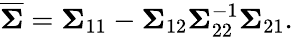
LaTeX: {\overline{{\boldsymbol{\Sigma}}}}={\boldsymbol{\Sigma}}_{11}-{\boldsymbol{\Sigma}}_{12}{\boldsymbol{\Sigma}}_{22}^{-1}{\boldsymbol{\Sigma}}_{21}.